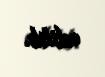
edilib.